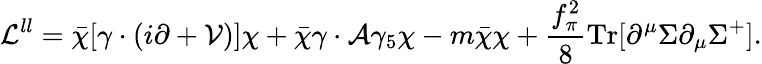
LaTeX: {\cal L}^{ll}=\bar{\chi}[\gamma\cdot(i\partial+{\cal V})]\chi+\bar{\chi}\gamma\cdot{\cal A}\gamma_{5}\chi-m\bar{\chi}\chi+\frac{f_{\pi}^{2}}{8}\mathrm{Tr}[\partial^{\mu}\Sigma\partial_{\mu}\Sigma^{+}].